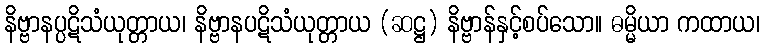
နိဗ္ဗာနပ္ပဋိသံယုတ္တာယ၊ နိဗ္ဗာနပဋိသံယုတ္တာယ (ဆဋ္ဌ) နိဗ္ဗာန်နှင့်စပ်သော။ ဓမ္မိယာ ကထာယ၊